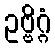
ဥဗ္ဗိဂ္ဂံ